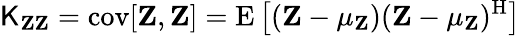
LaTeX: \operatorname{\mathsf{K}}_{\mathbf{{Z}}\mathbf{{Z}}}=\operatorname{cov}[\mathbf{{Z}},\mathbf{{Z}}]=\operatorname{E}\left[(\mathbf{{Z}}-\mathbf{{\mu_{Z}}})(\mathbf{{Z}}-\mathbf{{\mu_{Z}}})^{\mathrm{{H}}}\right]